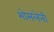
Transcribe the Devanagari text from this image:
भोसलेनी